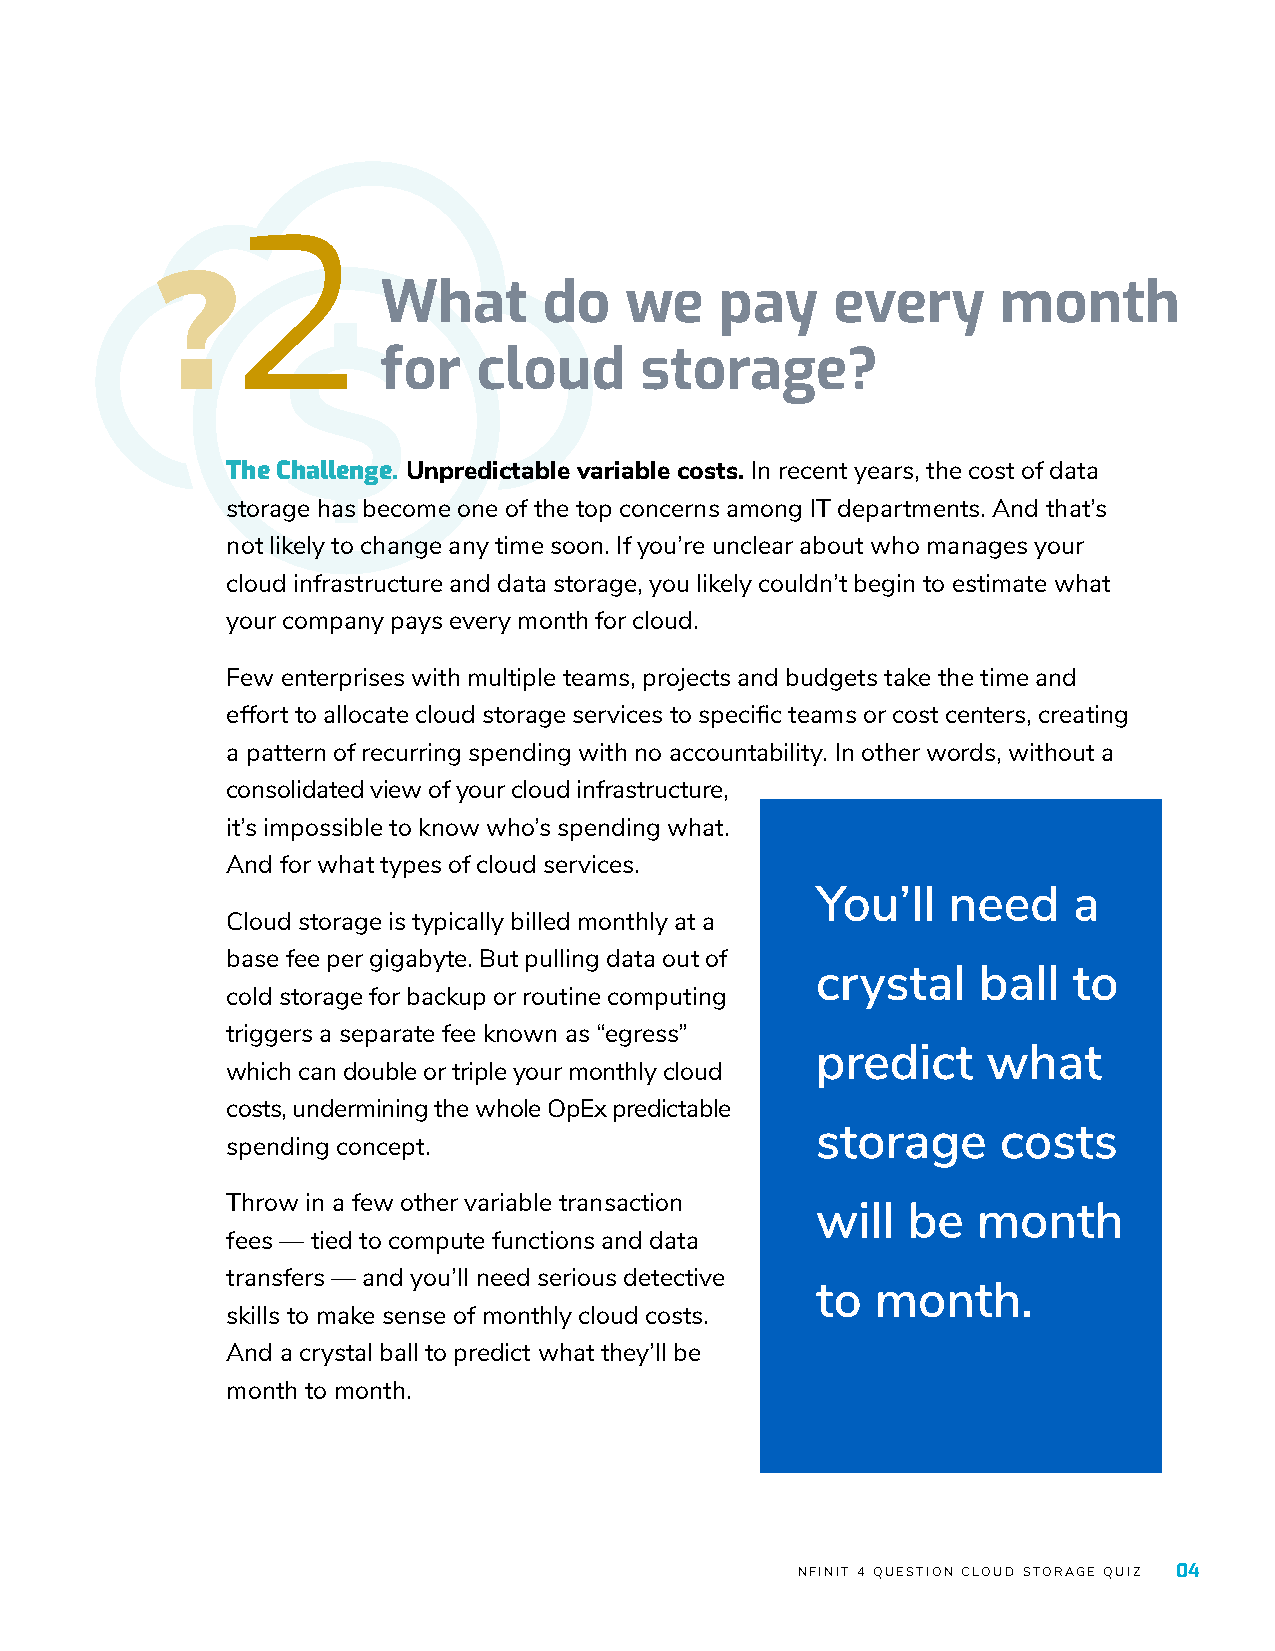
2
 ?              What       do   we     pay    every      month
 $for         cloud     storage?
 The Challenge. Unpredictable variable costs. In recent years, the cost of data
 storage has become one of the top concerns among IT departments. And that’s
 not likely to change any time soon. If you’re unclear about who manages your
 cloud infrastructure and data storage, you likely couldn’t begin to estimate what
 your company pays every month for cloud.
 Few enterprises with multiple teams, projects and budgets take the time and
 effort to allocate cloud storage services to specific teams or cost centers, creating
 a pattern of recurring spending with no accountability. In other words, without a
 consolidated view of your cloud infrastructure,
 it’s impossible to know who’s spending what.
 And for what types of cloud services.
 Cloud storage is typically billed monthly at a
 base fee per gigabyte. But pulling data out of
 cold storage for backup or routine computing
 triggers a separate fee known as “egress”
 which can double or triple your monthly cloud
 costs, undermining the whole OpEx predictable
 spending concept.
 Throw in a few other variable transaction
 fees — tied to compute functions and data
 transfers — and you’ll need serious detective
 skills to make sense of monthly cloud costs.
 And a crystal ball to predict what they’ll be
 month to month.
 NFINIT 4 QUESTION CLOUD STORAGE QUIZ 04